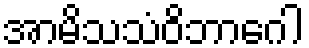
အာမိသသံဝိဘာဂေါ